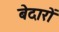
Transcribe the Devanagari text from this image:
बेदारों